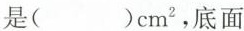
是( )cm^{2}，底面